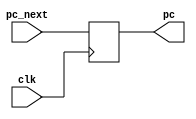
module pc(
	input wire [31:0] pc_next,
	input wire clk,
	output reg [31:0] pc
	);

	always @(posedge clk ) begin
		pc <= pc_next;
	end

endmodule